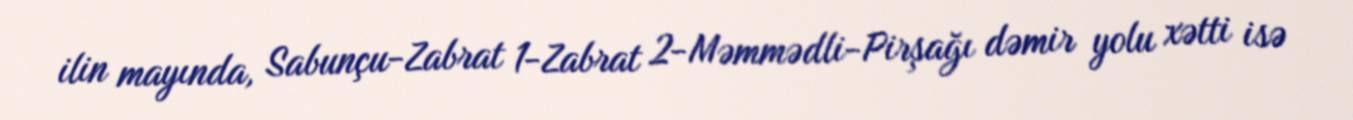
ilin mayında, Sabunçu-Zabrat 1-Zabrat 2-Məmmədli-Pirşağı dəmir yolu xətti isə